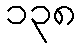
၁၃၈